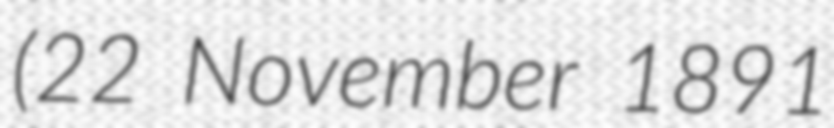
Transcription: (22 November 1891